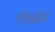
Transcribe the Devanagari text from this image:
शेषाद्रींनी